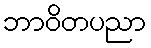
ဘာဝိတပညာ